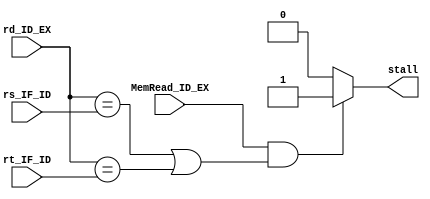
module Hazard_Detection_Unit(
    input [4:0] rs_IF_ID, rt_IF_ID, rd_ID_EX,
    input MemRead_ID_EX,
    output reg stall
);
    always @(*) begin
        // Stall the pipeline if there's a load-use hazard
        if (MemRead_ID_EX && ((rd_ID_EX == rs_IF_ID) || (rd_ID_EX == rt_IF_ID))) begin
            stall = 1;
        end else begin
            stall = 0;
        end
    end
endmodule